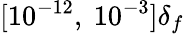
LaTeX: [10^{-12},~10^{-3}]\delta_{f}